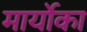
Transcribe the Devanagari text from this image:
मार्योका